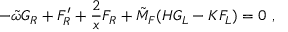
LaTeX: - \tilde { \omega } G _ { R } + F _ { R } ^ { \prime } + \frac { 2 } { x } F _ { R } + \tilde { M } _ { F } ( H G _ { L } - K F _ { L } ) = 0 \ ,